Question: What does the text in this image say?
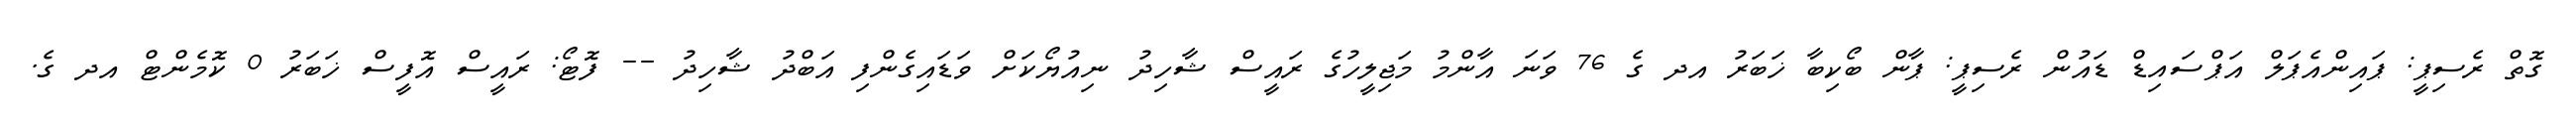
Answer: ގޮތް ރެސިޕީ: ޕައިންއެޕަލް އަޕްސައިޑް ޑައުން ރެސިޕީ: ޕާން ބޯކިބާ ޚަބަރު އދ ގެ 76 ވަނަ އާންމު މަޖިލީހުގެ ރައީސް ޝާހިދު ނިއުޔޯކަށް ވަޑައިގެންފި އަބްދު ޝާހިދު -- ފޮޓޯ: ރައީސް އޮފީސް ޚަބަރު 0 ކޮމެންޓް އދ ގެ.